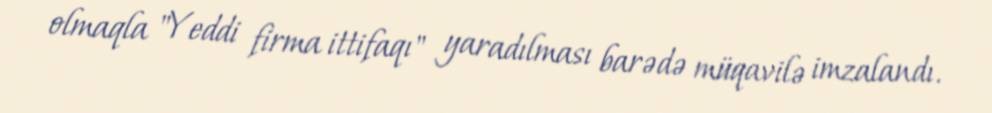
olmaqla "Yeddi firma ittifaqı" yaradılması barədə müqavilə imzalandı.